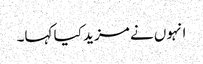
انہوں نے مزید کیا کہا۔